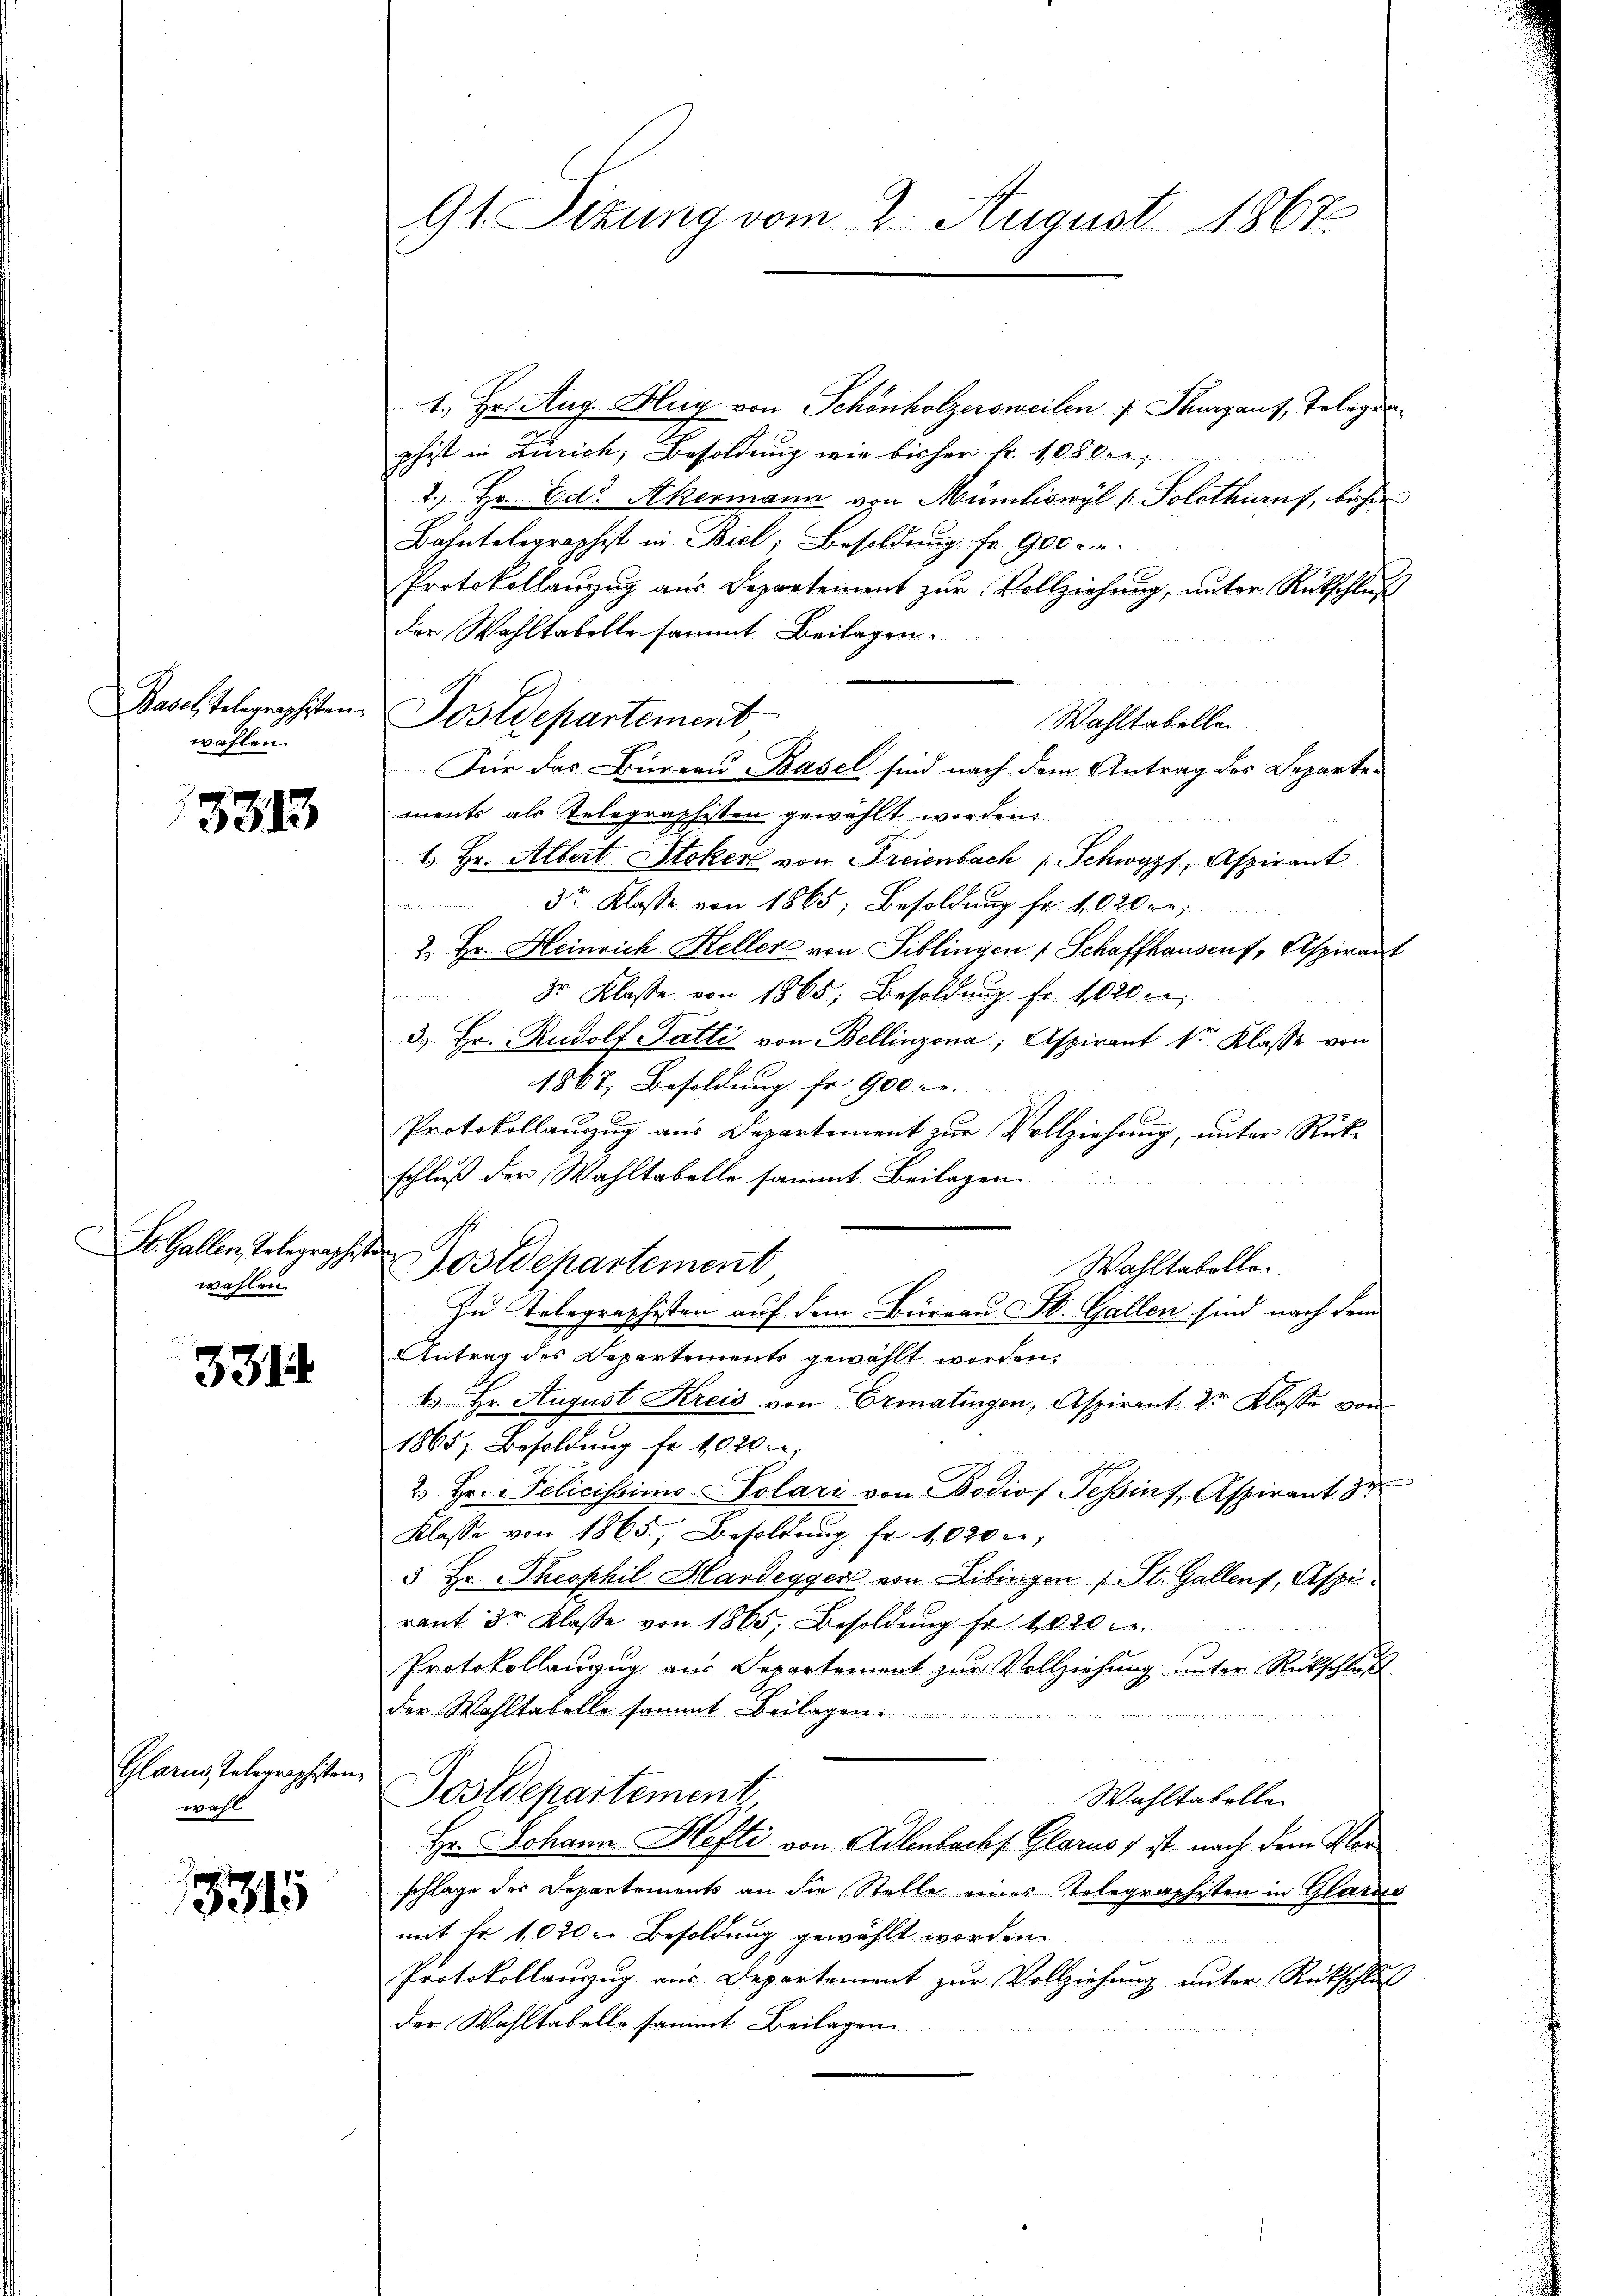
wahlen.

3313

St. Gallen Telegraphist
wahlen.

331

Glarus, Telegraphisten
wahl.

15315

91 Sitzung vom 2. August 1867

1. Hr. Aug. Hug von Schönholzersweilen Thurgaus, Telegen
phist in Zürich, Besoldung wie bisher fr. 1080.
2.) Hr. Ed. Ackermann von Mümliswyl /: Solothurn, bisher
Bahntelegraphist in Biel, Besoldung fr. 900 - u.
Protokollauzug aus Departement zur Vollziehung, unter Rückschlif
der Wohltabelle sammt Beilagen.
Wahltabellen
Für das Büreau Basel sind nach dem Antrag des Departements als Telegraphisten gewählt worden.
1. Hr. Albert Stoker von Freienbach Schwyz, Aspirant
3r Klasse von 1865, Besoldung fr. 1020 re
2. Hr. Heinrich Heller von Siblingen 1 Schaffhausen, Aspirant
3r Klasse von 1865, Besoldung fr. 1020
e
3) Hr. Rudolf Fatti von Bellinzona, Aspirant vor Klasse von
1867, Besoldung fr. 900 r.
Protokollauszug aus Departement zur Vollziehung, unter Rück-
schluß der Wahltabelle sammt Beilagen.
Wahltabellen.
Zu Telegraphisten auf dem Bureau St. Gallen sind nach dem
Antrag des Departements gewählt worden
1
1. Hr. August Kreis von Ermatingen, Aspirant 2r Klasse von
1865, Besoldung fr. 1020 u.
2. Hr. Pelicissimo- Polari von Bodiof Teßin, Aspirant 32
Klasse von 1865, Besoldung fr. 1020 ce,
3 Hr. Theophil Hardegger von Libingen 1 St. Gallens, Aspiraut 3r Klasse von 1865, Besoldŭng fr 1000.
Protokollanzug aus Departement zur Vollziehung unter Rückschluß
der Wahltabelle sammt Beilagen.

e
g
Postdepartement,
Wahltabelle.
Hr. Johann Hefti von Adlenbachs Glarus, ist nach dem Vorschlage der Departements an die Stelle eines Telegraphisten in Glarus
mit Fr. 1,020 u. Besoldung gewählt worden
Protokollauszug aus Departement zur Vollziehung unter Rückschluß
der Wahltabelle sammt Beilagen

Basel telegraphisten. Postdepartement

Postdepartement